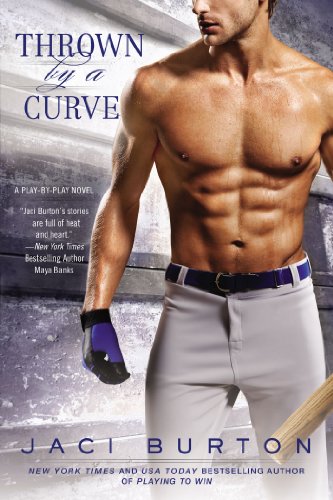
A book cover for Thrown By a Curve (A Play-by-Play Novel); Jaci Burton; Romance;